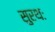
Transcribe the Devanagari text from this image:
सुरथः